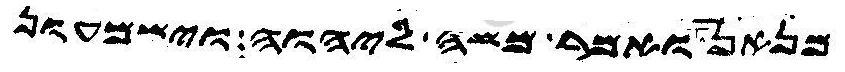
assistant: מנאן ואמר משה ליהוה וישמעון